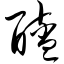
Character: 醯